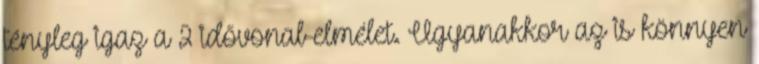
tényleg igaz a 2 idővonal-elmélet. Ugyanakkor az is könnyen